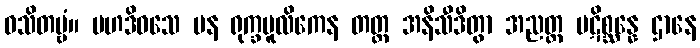
ဝသိတဗ္ဗံ။ မဟဒိဝသေ ပန ရုက္ခမူလိကေန တတ္ထ အနိသီဒိတွာ အညတ္ထ ပဋိစ္ဆန္နေ ဌာနေ